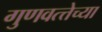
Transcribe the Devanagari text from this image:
गुणवत्त्तेच्या